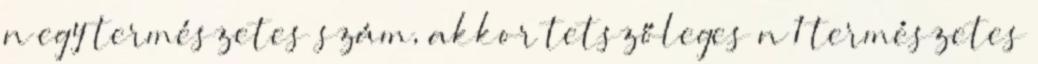
n egy természetes szám, akkor tetszőleges n 1 természetes